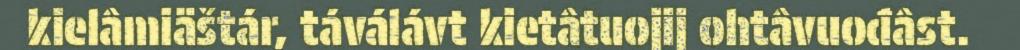
kielâmiäštár, táválávt kietâtuojij ohtâvuođâst.